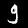
Label: 9